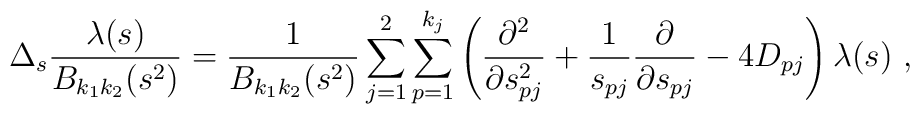
\Delta_s\frac{\lambda(s)}{B_{k_1k_2}(s^2)}=\frac{1}{B_{k_1k_2}(s^2)}  \sum_{j=1}^2 \sum_{p=1}^{k_j} \left( \frac{\partial^2} {\partial    s_{pj}^2} + \frac{1}{s_{pj}}\frac{\partial} {\partial    s_{pj}}-4D_{pj}\right)\lambda(s) \ ,